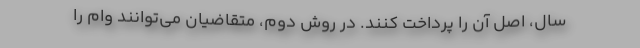
سال، اصل آن را پرداخت کنند. در روش دوم، متقاضیان می‌توانند وام را